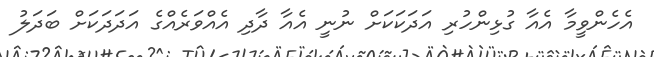
އެހެންވީމާ އެއާ ގުޅިންހުރި އަދަކަކަށް ނުނީ އެއާ ދާދި އެއްވަރެއްގެ އަދަދަކަށް ބަދަލު